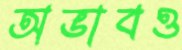
অভাবও